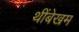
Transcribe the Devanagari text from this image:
थींबेखम